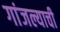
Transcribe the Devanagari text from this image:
गांजल्याची